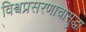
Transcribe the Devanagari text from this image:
विश्वप्रसरणाचासुद्धा